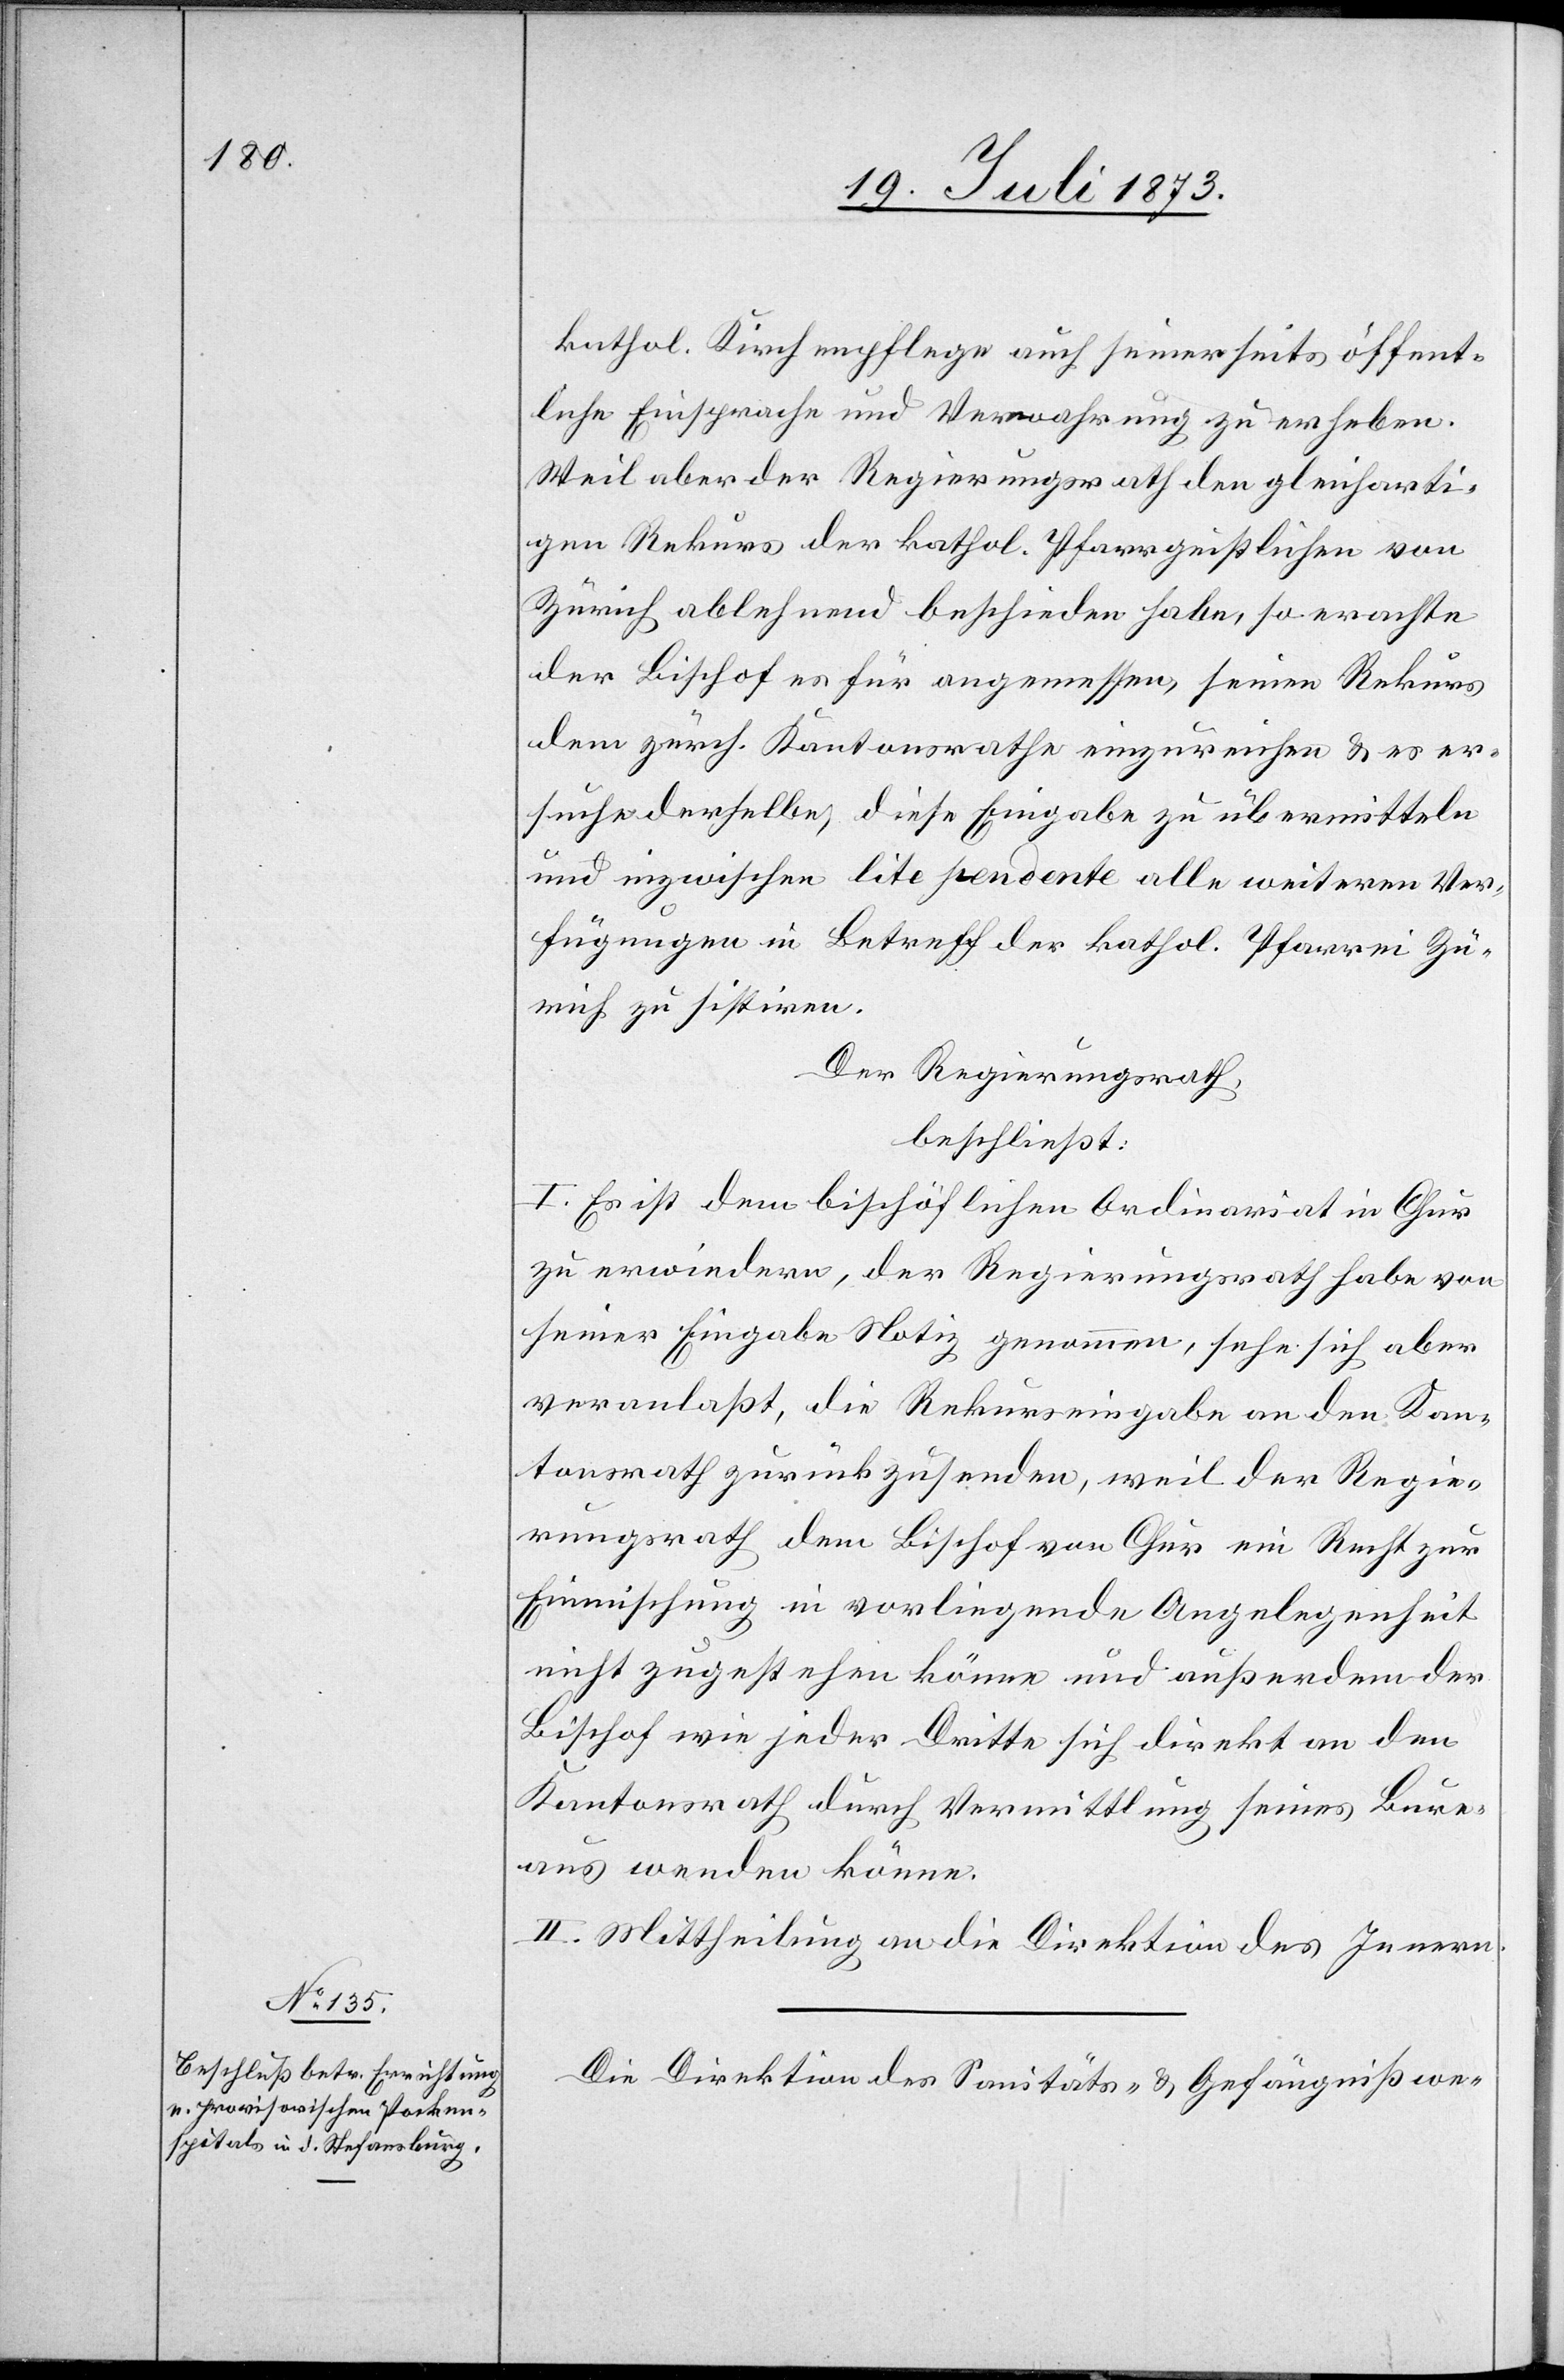
kathol. Kirchenpflege auch seinerseits öffent¬
liche Einsprache und Verwahrung zu erheben.
Weil aber der Regierungsrath den gleicharti¬
gen Rekurs der kathol. Pfarrgeistlichen von
Zürich ablehnend beschieden habe, so erachte
der Bischof es für angemessen, seinen Rekurs
dem zürch. Kantonsrathe einzureichen & es er¬
suche derselbe, diese Eingabe zu übermitteln
und inzwischen lite pendente alle weiteren Ver¬
fügungen in Betreff der kathol. Pfarrei Zü¬
rich zu sistiren.
Der Regierungsrath,
beschließt:
I. Es ist dem bischöflichen Ordinariat in Chur
zu erwiedern, der Regierungsrath habe von
seiner Eingabe Notiz genommen, sehe sich aber
veranlaßt, die Rekurseingabe an den Kan¬
tonsrath zurückzusenden, weil der Regie¬
rungsrath dem Bischof von Chur ein Recht zur
Einmischung in vorliegende Angelegenheit
nicht zugestehen könne und außerdem der
Bischof wie jeder Dritte sich direkt an den
Kantonsrath durch Vermittlung seines Bure¬
aus wenden könne.
II. Mittheilung an die Direktion des Innern.
Die Direktion des Sanitäts- & Gefängnißwe-